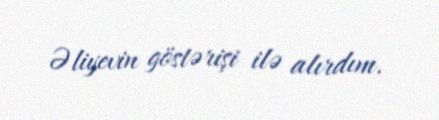
Əliyevin göstərişi ilə alırdım.